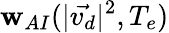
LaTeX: \mathbf{w}_{AI}(|\vec{{v_{d}}}|^{2},T_{e})